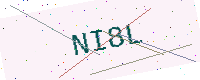
Text: NI8L